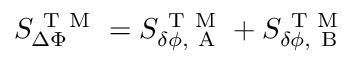
S _ { \Delta \Phi } ^ { \mathrm { ~ T ~ M ~ } } = S _ { \delta \phi , \mathrm { ~ A ~ } } ^ { \mathrm { ~ T ~ M ~ } } + S _ { \delta \phi , \mathrm { ~ B ~ } } ^ { \mathrm { ~ T ~ M ~ } }